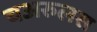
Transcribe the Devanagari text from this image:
चअरुलस